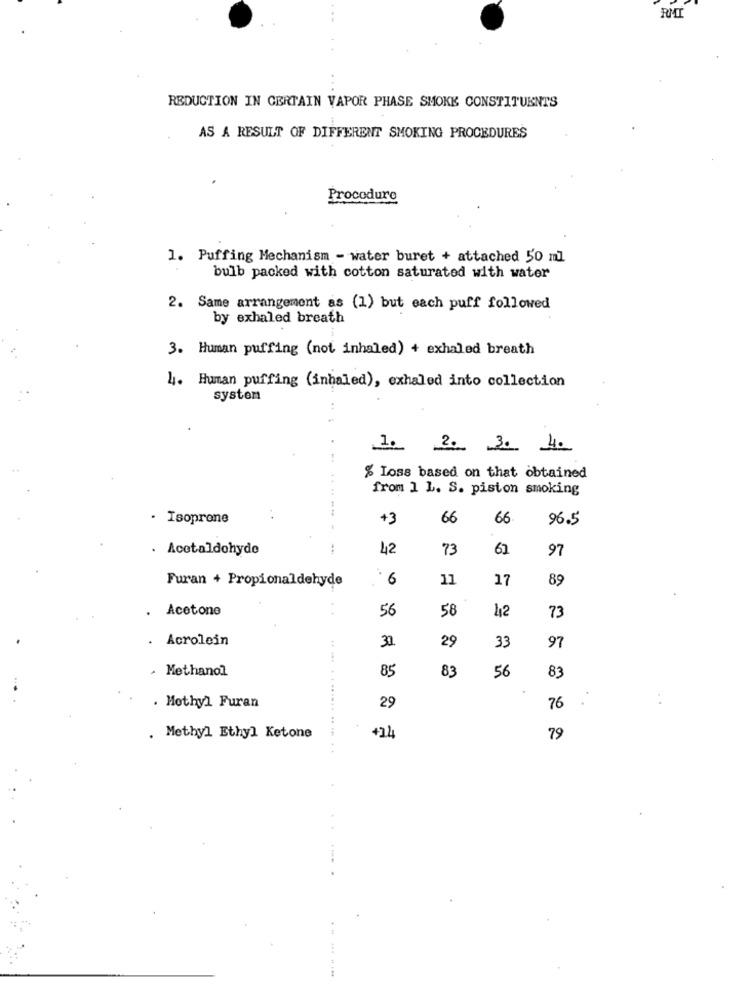
RMI
REDUCTION IN CERTAIN VAPOR PHASE SMOKE CONSTITUENTS
AS A RESULT OF DIFFERENT SMOKING PROCEDURES
Procedure
1. Puffing Mechanism - water buret + attached 50 ml
bulb packed with cotton saturated with water
2. Same arrangement as (1) but each puff followed
by exhaled breath
3. Human puffing (not inhaled) + exhaled breath
4. Human puffing (inhaled), exhaled into collection
system
.1. 2. 3. 4.
% Loss based on that obtained
from 1 L. S. piston smoking
Isoprone
+3
66
66
96.5
Acetaldohyde
42
73
61
97
Furan + Propionaldehyde
6
11
17
89
. Acetone
56
58
42
73
. Acrolein
29
33
97
.....
· Methanol
85
83
56
83
:
. Mothyl Furan
29
76
. Methyl Ethyl Ketone
+14
79